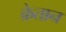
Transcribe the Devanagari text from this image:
क्रेतान